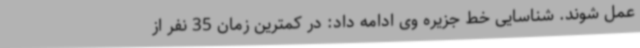
عمل شوند. شناسایی خط جزیره وی ادامه داد: در کمترین زمان 35 نفر از